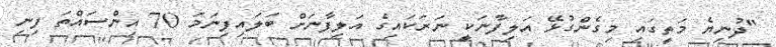
"ދުނިޔެ މަތީގައި މިގެންގުޅޭ އަލިފާނަކީ ނަރަކައިގެ އަލިފާނަށް ބަލައިފިނަމަ 70 އިންސައްތަ ފިނި